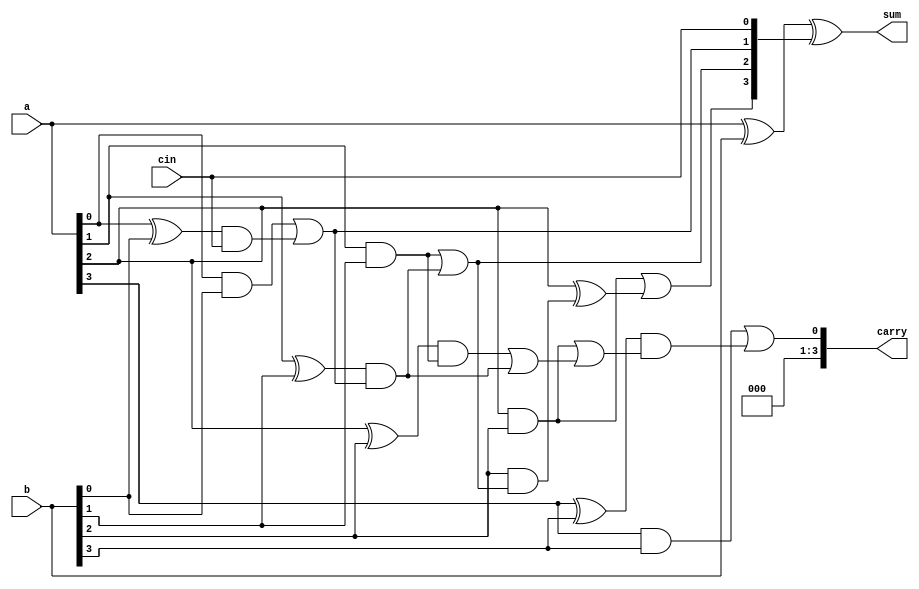
`timescale 1ns / 1ps
//////////////////////////////////////////////////////////////////////////////////
// Company: 
// Engineer: 
// 
// Design Name: 
// Module Name: CARRYLOOKAHEADADDER
// Project Name: 
// Target Devices: 
// Tool Versions: 
// Description: 
// 
// Dependencies: 
// 
// Revision:
// Revision 0.01 - File Created
// Additional Comments:
// 
//////////////////////////////////////////////////////////////////////////////////


module CARRYLOOKAHEADADDER(input [3:0] a,b, input cin, output [3:0] sum,carry );
wire [3:0] ci ;

assign ci[0]=cin;
assign ci[1]=(a[0]&b[0])|((a[0]^b[0]) & ci[0]);
assign ci[2]=(a[1]&b[1])|((a[1]^b[1]) & ((a[0]&b[0])|((a[0]^b[0]) & ci[0])));
assign ci[3]=(a[2]&b[2])| ((a[2]^b[2] &  ((a[1]&b[1])|((a[1]^b[1]) & ((a[0]&b[0])|((a[0]^b[0]) & ci[0]))))));
assign carry= (a[3]&b[3])| ((a[3]^b[3]) & ((a[2]&b[2])| ((a[2]^b[2]) &  (a[1]&b[1])|((a[1]^b[1]) & ((a[0]&b[0])|((a[0]^b[0]) & ci[0]))))));
assign sum= a^b^ci;
endmodule